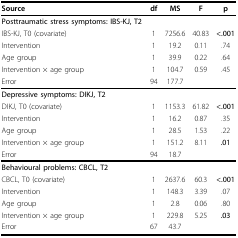
| Source | df | MS | F | p |
 | --- | --- | --- | --- | --- |
 | Posttraumatic stress symptoms: IBS-KJ, T2 |  |  |  |  |
 | IBS-KJ, T0 (covariate) | 1 | 7256.6 | 40.83 | <.001 |
 | Intervention | 1 | 19.2 | 0.11 | .74 |
 | Age group | 1 | 39.9 | 0.22 | .64 |
 | Intervention × age group | 1 | 104.7 | 0.59 | .45 |
 | Error | 94 | 177.7 |  |  |
 | Depressive symptoms: DIKJ, T2 |  |  |  |  |
 | DIKJ, T0 (covariate) | 1 | 1153.3 | 61.82 | <.001 |
 | Intervention | 1 | 16.2 | 0.87 | .35 |
 | Age group | 1 | 28.5 | 1.53 | .22 |
 | Intervention × age group | 1 | 151.2 | 8.11 | .01 |
 | Error | 94 | 18.7 |  |  |
 | Behavioural problems: CBCL, T2 |  |  |  |  |
 | CBCL, T0 (covariate) | 1 | 2637.6 | 60.3 | <.001 |
 | Intervention | 1 | 148.3 | 3.39 | .07 |
 | Age group | 1 | 2.8 | 0.06 | .80 |
 | Intervention × age group | 1 | 229.8 | 5.25 | .03 |
 | Error | 67 | 43.7 |  |  |